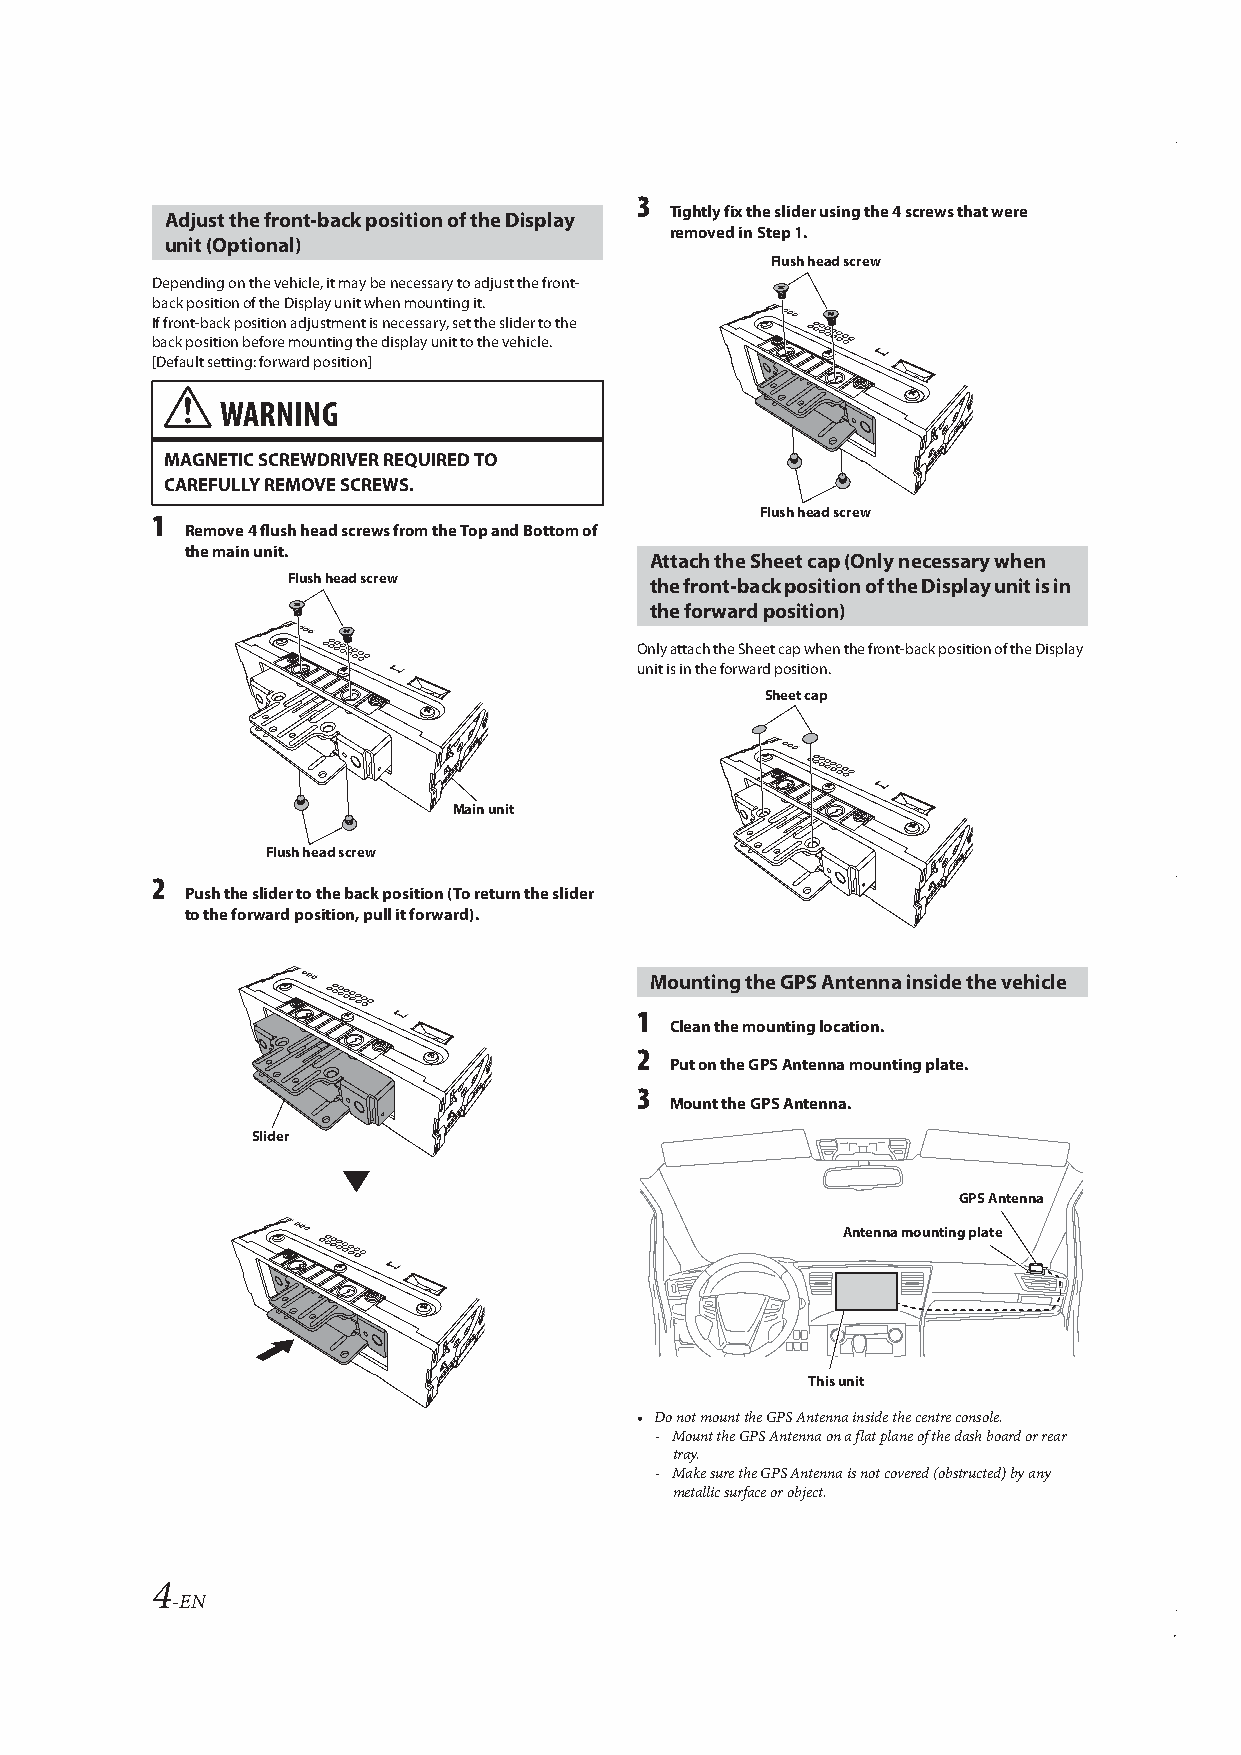
3
 Tightly fix the slider using the 4 screws that were
 Adjust the front-back position of the Display
 removed in Step 1.
 unit (Optional)
 Flush head screw
 Depending on the vehicle, it may be necessary to adjust the front-
 back position of the Display unit when mounting it.
 If front-back position adjustment is necessary, set the slider to the
 back position before mounting the display unit to the vehicle.
 [Default setting: forward position]
 WARNING
 MAGNETIC SCREWDRIVER REQUIRED TO
 CAREFULLY REMOVE SCREWS.
 1                                       Flush head screw
 Remove 4 flush head screws from the Top and Bottom of
 the main unit.
 Attach the Sheet cap (Only necessary when
 Flush head screw        the front-back position of the Display unit is in
 the forward position)
 Only attach the Sheet cap when the front-back position of the Display
 unit is in the forward position.
 Sheet cap
 Main unit
 Flush head screw
 2
 Push the slider to the back position (To return the slider
 to the forward position, pull it forward).
 Mounting the GPS Antenna inside the vehicle
 1
 Clean the mounting location.
 2
 Put on the GPS Antenna mounting plate.
 3
 Mount the GPS Antenna.
 Slider
 GPS Antenna
 Antenna mounting plate
 This unit
 • Do not mount the GPS Antenna inside the centre console.
 - Mount the GPS Antenna on a flat plane of the dash board or rear
 tray.
 - Make sure the GPS Antenna is not covered (obstructed) by any
 metallic surface or object.
 4
 -EN